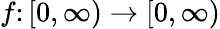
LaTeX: f\colon[0,\infty)\rightarrow[0,\infty)